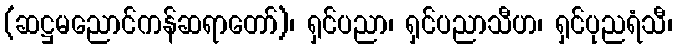
(ဆဋ္ဌမညောင်ကန်ဆရာတော်)၊ ရှင်ပညာ၊ ရှင်ပညာသီဟ၊ ရှင်ပုညရံသီ၊